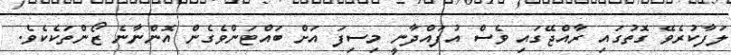
ލަފާކުރެވޭ ގޮތުގައި ރާއްޖޭގައި ވެސް އުފައްދާނީ މިސިފަ އަށް ބައްޓަންވެގެން އޮންނާނެ ޒޯންތަކެކެވެ.